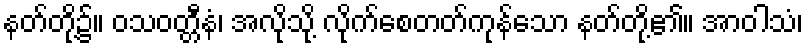
နတ်တို့၌။ ဝသဝတ္တီနံ၊ အလိုသို့ လိုက်စေတတ်ကုန်သော နတ်တို့၏။ အာဝါသံ၊